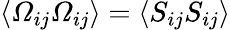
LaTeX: \langle\varOmega_{ij}\varOmega_{ij}\rangle=\langle S_{ij}S_{ij}\rangle